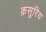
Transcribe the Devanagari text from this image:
क़सुरिय